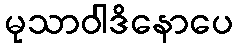
မုသာဝါဒိနောပေ